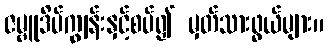
ဇမ္ဗူဒိပ်ကျွန်းနှင့်စပ်၍ မှတ်သားဖွယ်များ။